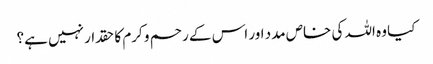
کیا وہ اللہ کی خاص مدد اور اس کے رحم و کرم کا حقدار نہیں ہے؟